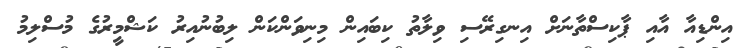
އިންޑިއާ އާއި ޕާކިސްތާނަށް އިނގިރޭސި ވިލާތު ކިބައިން މިނިވަންކަން ލިބުނުއިރު ކަޝްމީރުގެ މުސްލިމު